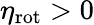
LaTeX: \eta_{\mathrm{rot}}>0